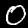
Label: 0